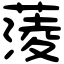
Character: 蔆